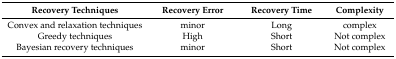
<table><thead><tr><td><b>Recovery Techniques</b></td><td><b>Recovery Error</b></td><td><b>Recovery Time</b></td><td><b>Complexity</b></td></tr></thead><tbody><tr><td>Convex and relaxation techniques</td><td>minor</td><td>Long </td><td>complex</td></tr><tr><td>Greedy techniques</td><td>High </td><td>Short </td><td>Not complex</td></tr><tr><td>Bayesian recovery techniques</td><td>minor</td><td>Short </td><td>Not complex</td></tr></tbody></table>